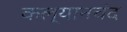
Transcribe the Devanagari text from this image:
कल्यानचंद